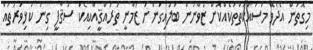
މިގޮތުން އެދެވޭ މަސައްކަތްތަކެއްކޮށް ޒުވާނުން ބަލައިގަންނަ ޒަމާނީ ތަރައްޤީއާއިއެކު ސަޤާފީ ގިނަ ކުޅިވަރުތައް